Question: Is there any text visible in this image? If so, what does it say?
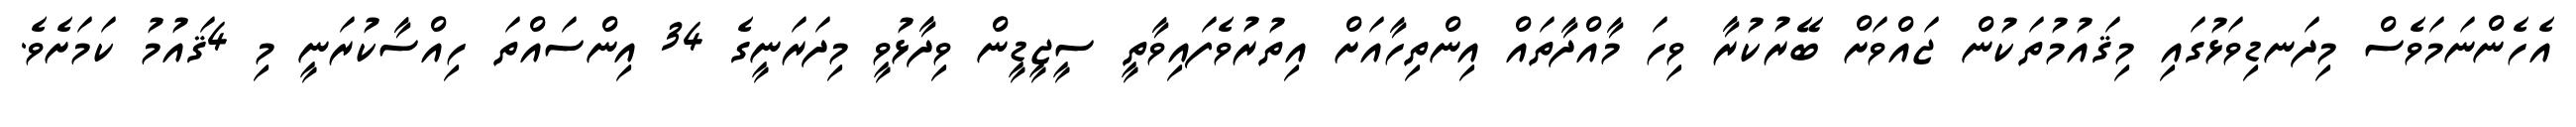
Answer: އެހެންނަމަވެސް މިދަނޑިވަޅުގައި މިޤައުމުތަކުން ޖައްވަށް ބޭރުކުރާ ވިހަ މާއްދާތައް އިންތިހާއަށް އިތުރުވެފައިވާތީ ސީޖީޑީން ވިދާޅުވީ މިދަރަނީގެ 34 އިންސައްތަ ހިއްސާކުރަނީ މި 4ޤައުމު ކަމަށެވެ.